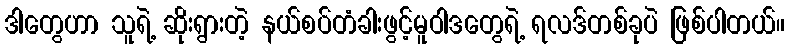
ဒါတွေဟာ သူရဲ့ ဆိုးရွားတဲ့ နယ်စပ်တံခါးဖွင့်မူဝါဒတွေရဲ့ ရလဒ်တစ်ခုပဲ ဖြစ်ပါတယ်။